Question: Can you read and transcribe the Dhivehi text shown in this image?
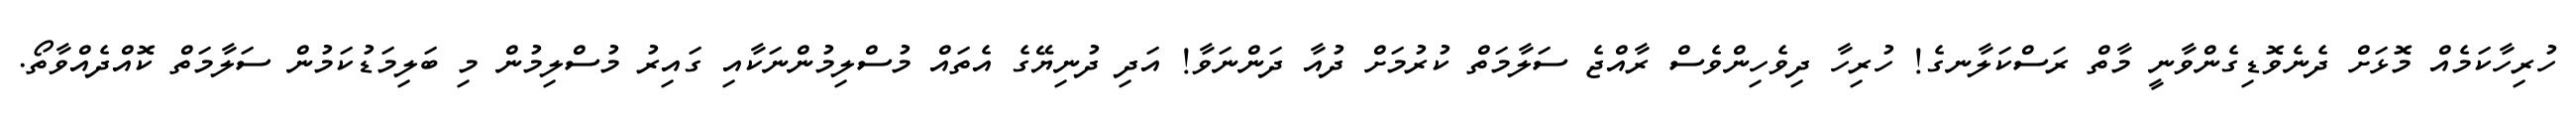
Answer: ހުރިހާކަމެއް މޮޅަށް ދެނެވޮޑިގެންވާނީ މާތް ރަސްކަލާނގެ! ހުރިހާ ދިވެހިންވެސް ރާއްޖެ ސަލާމަތް ކުރުމަށް ދުއާ ދަންނަވާ! އަދި ދުނިޔޭގެ އެތައް މުސްލިމުންނަކާއި ގައިރު މުސްލިމުން މި ބަލިމަޑުކަމުން ސަލާމަތް ކޮއްދެއްވާތޯ.